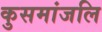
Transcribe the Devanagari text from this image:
कुसमांजलि